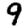
Digit: 9